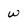
Character: w